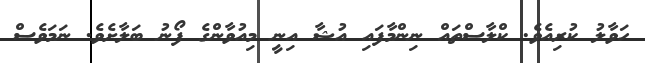
ހަވާލު ކުރިއެވެ. ކްލާސްތައް ނިންމާފައި އުޝާ އިނީ މިއުވާންގެ ފޯނު ބަލާށެވެ. ނަމަވެސް